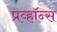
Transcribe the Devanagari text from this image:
प्रव्हॉन्स